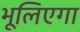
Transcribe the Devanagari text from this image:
भूलिएगा